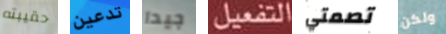
حقيبته تدعين جيدا التفعيل تصمتي ولكن